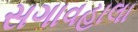
સગાવહાલા